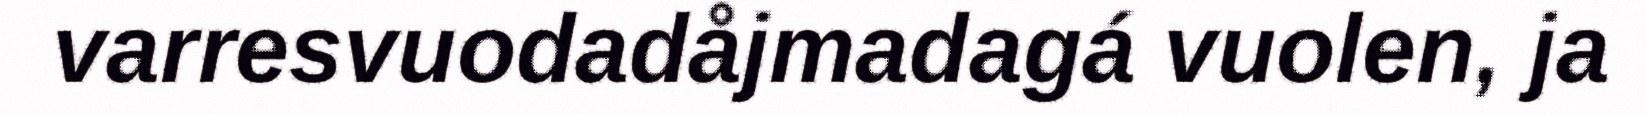
varresvuodadåjmadagá vuolen, ja